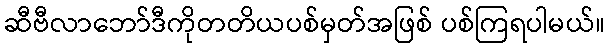
ဆီဗီလာဘော်ဒီကိုတတိယပစ်မှတ်အဖြစ် ပစ်ကြရပါမယ်။